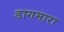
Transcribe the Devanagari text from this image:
डागमारा